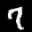
Label: 7